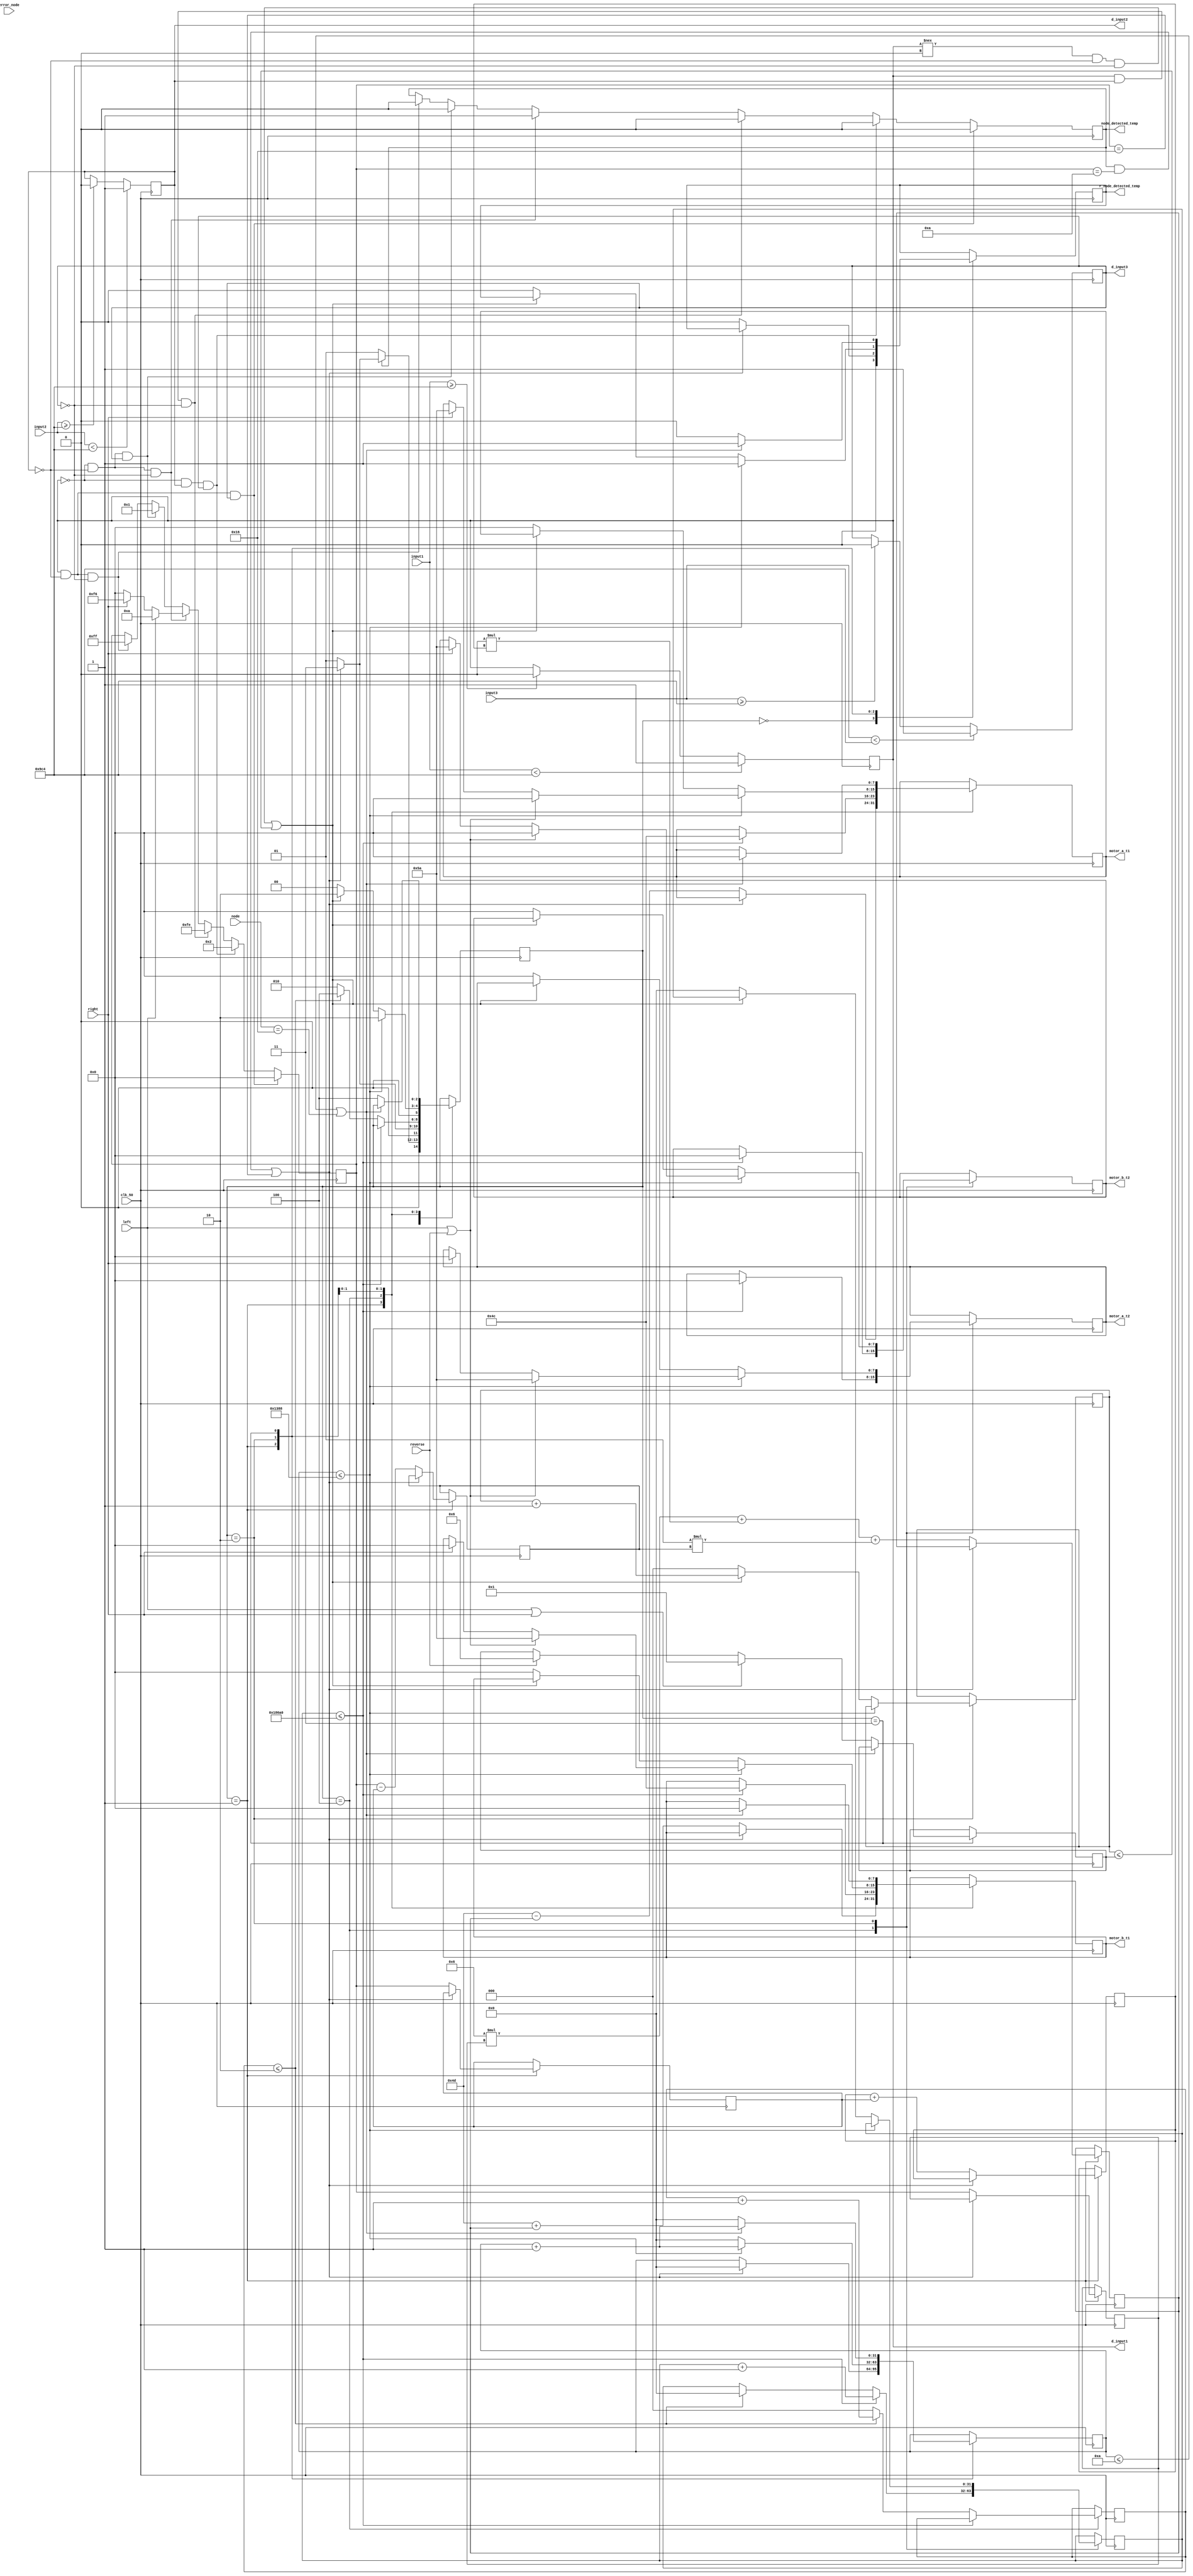
module SM_1153_robot_control(
	input clk_50,
	input [11:0]input1,
	input [11:0]input2,
	input [11:0]input3,
	output d_input1,
	output d_input2,
	output d_input3,
	output [7:0]motor_a_t1,
	output [7:0]motor_a_t2,
	output [7:0]motor_b_t1,
	output [7:0]motor_b_t2,
	input signed[7:0]error_node,
	output node_detected_temp,
	output r_node_detected_temp,
	input [5:0]node,
	input left,
	input right,
	input reverse
);
//reg signed[4:0] a=30;
//reg signed[4:0] b=40;
reg node_detected=0;
reg [5:0]count_hold=1;
reg signed [7:0] motor_a_t1_temp=77;//left //74

reg signed [7:0]motor_b_t1_temp=77;//right//74

reg signed[7:0] kp=6;//14//16//4.25
reg signed[7:0] kd=1.2;//7.3//7.38
reg signed[7:0] ki=0;
reg signed[7:0] error=0;
reg signed[7:0] previous_error=0;

reg signed[7:0] p=0;
reg signed[7:0] i=0;
reg signed[7:0] d=0;
reg signed[7:0] pid_value;
parameter thres_lower=300;
parameter thres_upper=2500;
reg digital_input1;
reg digital_input2;
reg digital_input3;

always@(posedge clk_50)begin
if(input1 < thres_upper)
digital_input1<=1'b1;
else if (input1>=thres_upper) digital_input1<=1'b0;
if(input2<thres_upper)
digital_input2<=1'b1;
else if(input2>=thres_upper) digital_input2<=1'b0;
if(input3<thres_upper)
digital_input3<=1'b1;
else  if (input3>=thres_upper) digital_input3<=1'b0;

end
assign d_input1=digital_input1;
assign d_input2=digital_input2;
assign d_input3=digital_input3;
reg r_node_detected;
always@(posedge clk_50)begin

if(digital_input1==1 && digital_input2==0 && digital_input3==1)begin
error<=0;
node_detected<=0;
end
else if(digital_input1==0 && digital_input2==1 && digital_input3==1)begin
error<=2;
node_detected<=0;
end
else if(digital_input1==1 && digital_input2==1 && digital_input3==0)begin//when dinput1 and all other 0 error = -2
error<=-2;
node_detected<=0;
end
//////////////////////////////////
else if(digital_input1==0 && digital_input2==0 && digital_input3==0)begin
///node_detected
node_detected<=1;
if(left==1)begin
error<=10;
end
else if(right==1)begin
error<=-10;
end
else error<=0;

end
else if(digital_input1==0 && digital_input2==0 && digital_input3==1)begin
node_detected<=0;
error<=1;
end
else if(digital_input1==1 && digital_input2==0 && digital_input3==0)begin
node_detected<=0;
error<=-1;
end

//////////////////////////////////
end
reg signed[7:0]motor_a;
reg signed[7:0]motor_b;
reg signed[7:0]motor_a1=0;
reg signed[7:0]motor_b1=0;
reg [2:0]state=IDLE;
reg [2:0]count_states=0;
parameter IDLE=3'b000;
parameter PID=3'b001;
parameter hold=3'b010;
parameter stop=3'b011;
parameter adjust=3'b100;
reg [31:0]count_delay=0;
reg [31:0]count_delay1=0;
parameter delay1=100000;///delay turn
parameter delay=5000;
parameter delay_stop=10;
reg [2:0]count_state1=0;
//////////////////////////////////////////////////////////
//////////////////////////////////////////////////////////////

always@(posedge clk_50)begin
case(state)
IDLE:
	begin
	if(node==22)begin
	state<=stop;
	end
	r_node_detected<=0;
	 if(node_detected==0)begin
	 state<=PID;
	 end
	 else if(node_detected==1 && error==10 || error==-10)begin
	 state<=stop;
	 end
	 else state<=PID;
	end
PID:
	begin
	if(node==22)begin
	state<=node;
	end
	if(node_detected==1 && error ==10 || error==-10)begin
	count_delay<=0;
	state<=stop;
	end
	else begin
	r_node_detected<=0;
	p<=error;
	i<=i+previous_error;
	d<=error-previous_error;
	previous_error<=error;
	pid_value<=kp*p + ki*i+kd*d;
	motor_a<=motor_a_t1_temp-pid_value;
	motor_b<=motor_b_t1_temp+pid_value;
	state<=PID;
	end
	end
adjust:
	begin
	if(count_delay1<=delay1)begin
	count_delay1<=count_delay1+1;
	motor_a<=76;
	motor_b<=76;
	motor_a1<=0;
	motor_b1<=0;
	end
	else if(count_states<=2)begin
	count_states<=count_states+1;
	count_delay1<=0;
	state<=adjust;
	end
	else begin
	state<=hold;
	count_states<=0;
	end
	end
hold:
	begin
	if(count_delay<=delay)
begin
	
//	if(d_input1==1&&d_input2==0&&d_input3==1)begin
//	state<=IDLE;
//	
//	end 
	count_delay<=count_delay+1;
	r_node_detected<=1;
	if(left==1||reverse==1)begin
	motor_a<=0;
	motor_b<=90;
	motor_a1<=90;
	motor_b1<=0;
	end
	else if(right==1)begin
	motor_a<=90;
	motor_b<=0;
	motor_a1<=0;
	motor_b1<=90;
	end
	state<=hold;
end
	else if(d_input1!==0&&d_input2==0&&d_input3==0||count_state1<=count_hold)begin
	count_delay<=0;
	state<=hold;
	count_state1<=count_state1+1;
	end
	else begin
	motor_a<=0;
	motor_b<=0;
	motor_a1<=0;
	motor_b1<=0;
	count_delay<=0;
	r_node_detected<=0;
	state<=IDLE;
	count_delay1<=0;
	count_state1<=0;
	end
	end

stop: 
	begin
	if(count_delay<=delay_stop||node==22)begin
	count_delay<=count_delay+1;
	motor_a<=0;
	motor_b<=0;
	r_node_detected<=1;
	
	end
	else begin
	count_delay<=0;
	r_node_detected<=0;
	if(left==1||right==1)begin
	count_hold<=1;
	end 
	else if(reverse==1)begin
	count_hold<=6;
	end
	state<=adjust;
	end
	end
endcase
end
assign motor_a_t1=motor_a;
assign motor_b_t1=motor_b;
assign motor_a_t2=motor_a1;
assign motor_b_t2=motor_b1;
assign node_detected_temp=node_detected;
assign r_node_detected_temp=r_node_detected;

endmodule